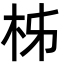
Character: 柹